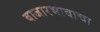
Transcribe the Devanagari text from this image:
बाजारभावाचा